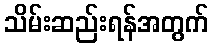
သိမ်းဆည်းရန်အတွက်